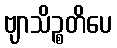
ဗျာသိဉ္စတိပေ